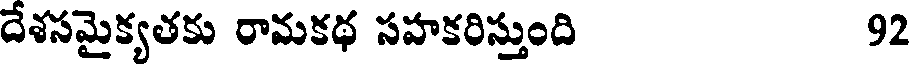
దేశసమైక్యతకు రామకథ సహకరిస్తుంది 92